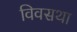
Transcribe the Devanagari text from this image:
विवसथा